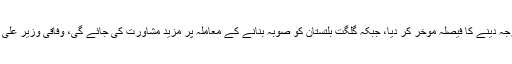
ذرائع کے مطابق وفاقی کابینہ نے گلگت بلتستان کو صوبے کا درجہ دینے کا فیصلہ موخر کر دیا، جبکہ گلگت بلتستان کو صوبہ بنانے کے معاملہ پر مزید مشاورت کی جائے گی، وفاقی وزیر علی امین گنڈا پور کی سربراہی میں اصلاحاتی کمیٹی کام کر رہی ہے۔